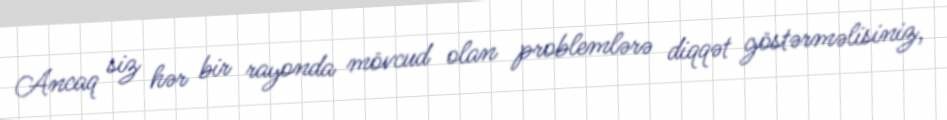
Ancaq siz hər bir rayonda mövcud olan problemlərə diqqət göstərməlisiniz,